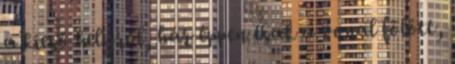
a kieső helyről, bár éppen csak a vonal fölött,